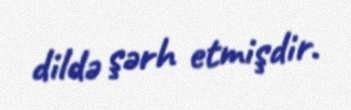
dildə şərh etmişdir.